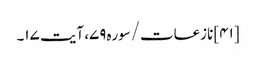
[۴۱] نازعات/سوره۷۹، آیت ۱۷۔